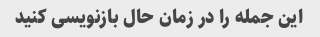
این جمله را در زمان حال بازنویسی کنید